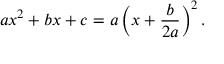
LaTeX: a x ^ { 2 } + b x + c = a \left( x + { \frac { b } { 2 a } } \right) ^ { 2 } .